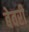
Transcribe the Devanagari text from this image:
बेवरी